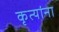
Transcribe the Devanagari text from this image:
कृत्यांना